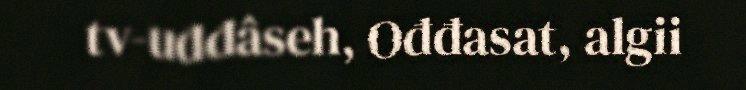
tv-uđđâseh, Ođđasat, algii